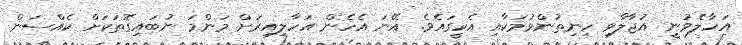
އަހާލެވުނީ އުޖާލާވި ހިނިތުންވުމަކާއި އެކީގައެވެ. އޭނަ އެހެން އަހާލިއިރަށް މަންމަ ނުބައިގޮތަކަށް ކެއްސަން